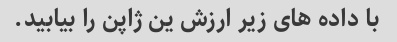
با داده های زیر ارزش ین ژاپن را بیابید.